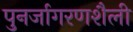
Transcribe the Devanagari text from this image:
पुनर्जागरणशैली